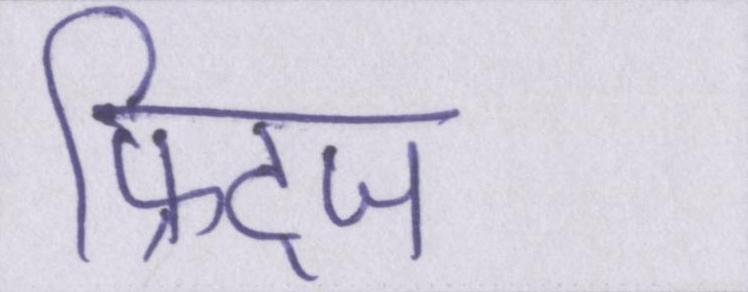
फ्रिट्ज